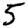
Digit: 5